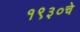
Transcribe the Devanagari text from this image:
१९३०चे